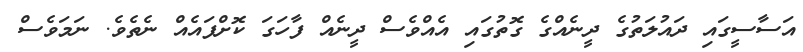
އަސާސީގައި ދައުލަތުގެ ދީނެއްގެ ގޮތުގައި އެއްވެސް ދީނެއް ފާހަގަ ކޮށްފައެއް ނެތެވެ. ނަމަވެސް